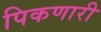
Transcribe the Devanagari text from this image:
पिकणारी